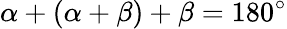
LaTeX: \alpha+\left(\alpha+\beta\right)+\beta=180^{\circ}